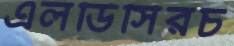
এলডিসিরচ